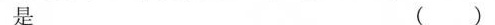
是()